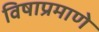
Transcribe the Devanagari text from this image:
विषाप्रमाणे